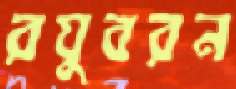
রঘুবরন